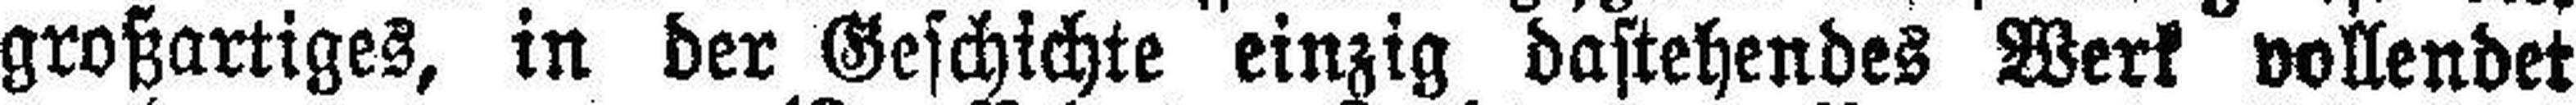
großartiges, in der Geschichte einzig dastehendes Werk vollendet